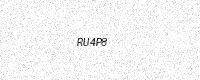
Text: RU4P8